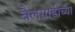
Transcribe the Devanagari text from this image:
बैलगाडीच्या